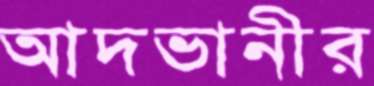
আদভানীর